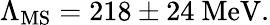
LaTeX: \Lambda_{\mathrm{{MS}}}=218\pm 24{\mathrm{~MeV}}.